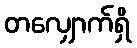
တလျှောက်ရှိ